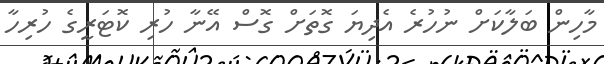
މާހިން ބަލާކަށް ނުހުރެ އެދިޔަ ގޮތަށް ގޮސް އޭނާ ހުރި ކޮޓަރީގެ ހުރިހާ